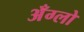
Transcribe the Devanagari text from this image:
अँग्लो